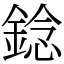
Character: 錜